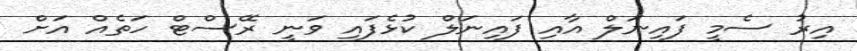
އިރު ސެމީ ފައިނަލް އާއި ފައިނަލް ކުޅެފައި ވަނީ ރޭސްޓް ހަތެއް އަށް